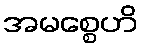
အမစ္စေဟိ